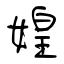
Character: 媓